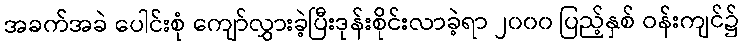
အခက်အခဲ ပေါင်းစုံ ကျော်လွှားခဲ့ပြီးဒုန်းစိုင်းလာခဲ့ရာ ၂၀၀၀ ပြည့်နှစ် ဝန်းကျင်၌